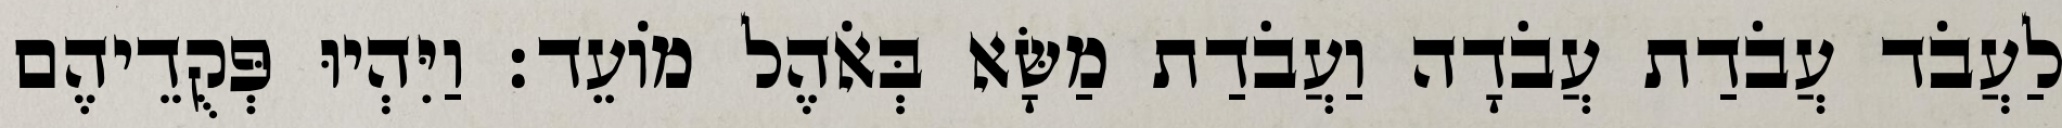
לַעֲבֹד עֲבֹדַת עֲבֹדָה וַעֲבֹדַת מַשָּׂא בְּאֹהֶל מוֹעֵד׃ וַיִּהְיוּ פְּקֻדֵיהֶם